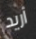
أريد